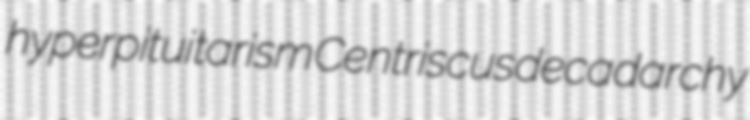
hyperpituitarism Centriscus decadarchy